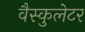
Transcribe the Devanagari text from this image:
वैस्कुलेटर